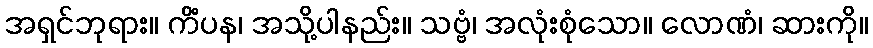
အရှင်ဘုရား။ ကိံပန၊ အသို့ပါနည်း။ သဗ္ဗံ၊ အလုံးစုံသော။ လောဏံ၊ ဆားကို။